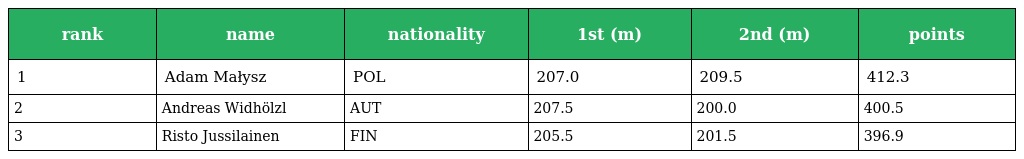
| rank | name | nationality | 1st (m) | 2nd (m) | points |
 | --- | --- | --- | --- | --- | --- |
 | 1 | Adam Małysz | POL | 207.0 | 209.5 | 412.3 |
 | 2 | Andreas Widhölzl | AUT | 207.5 | 200.0 | 400.5 |
 | 3 | Risto Jussilainen | FIN | 205.5 | 201.5 | 396.9 |